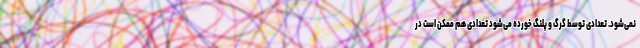
نمی‌شود. تعدادی توسط گرگ و پلنگ خورده می‌شود تعدادی هم ممکن است در